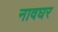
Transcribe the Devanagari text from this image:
नावघर